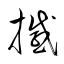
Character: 撼